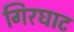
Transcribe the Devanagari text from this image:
गिरघाट